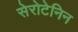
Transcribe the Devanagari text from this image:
सेरोटेनिन